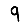
Digit: 9